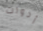
أدوات